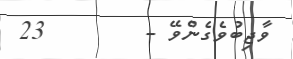
ވާޖިބުވެގެންވޭ -        23